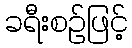
ခရီးစဉ်ဖြင့်